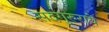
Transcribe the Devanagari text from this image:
सदगुरुराये